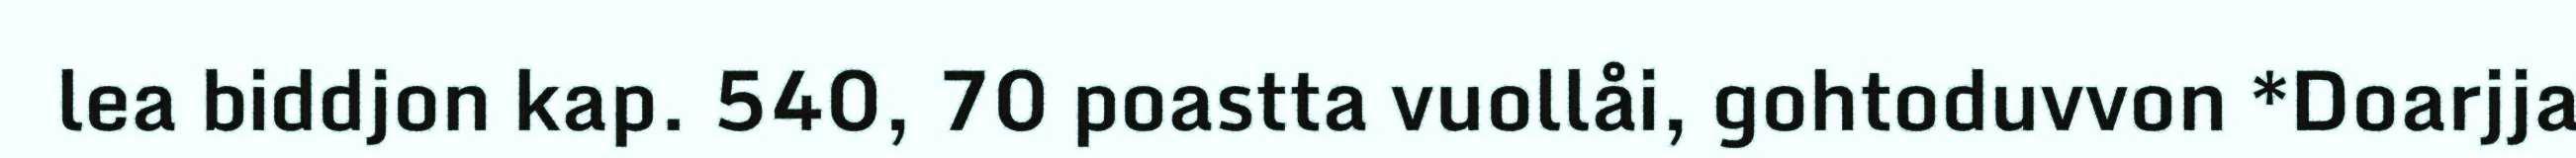
lea biddjon kap. 540, 70 poastta vuollåi, gohtoduvvon *Doarjja